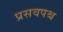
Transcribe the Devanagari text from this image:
प्रसवपश्च